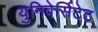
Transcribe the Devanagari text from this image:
युनिवेर्सिटेट